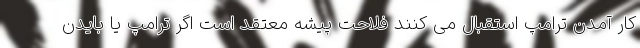
کار آمدن ترامپ استقبال می کنند فلاحت پیشه معتقد است اگر ترامپ یا بایدن